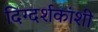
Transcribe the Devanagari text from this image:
दिग्दर्शकांशी